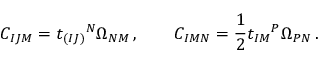
C _ { I J M } = t _ { ( I J ) } { } ^ { N } \Omega _ { N M } \, , \qquad C _ { I M N } = \frac 1 2 t _ { I M } { } ^ { P } \Omega _ { P N } \, .